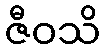
ဇီဝသိ